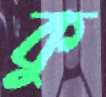
কু